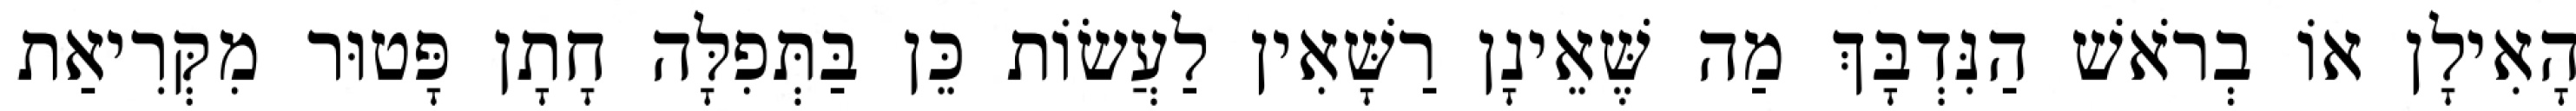
הָאִילָן אוֹ בְרֹאשׁ הַנִּדְבָּךְ מַה שֶּׁאֵינָן רַשָּׁאִין לַעֲשׂוֹת כֵּן בַּתְּפִלָּה חָתָן פָּטוּר מִקְּרִיאַת